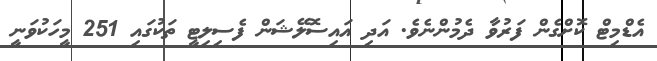
އެޑްމިޓް ކޮށްގެން ފަރުވާ ދެމުންނެވެ. އަދި އައިސޮލޭޝަން ފެސިލިޓީ ތަކުގައި 251 މީހަކުވަނީ